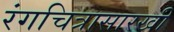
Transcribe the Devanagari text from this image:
रंगचित्रासारखी